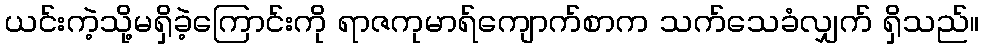
ယင်းကဲ့သို့မရှိခဲ့ကြောင်းကို ရာဇကုမာရ်ကျောက်စာက သက်သေခံလျှက် ရှိသည်။